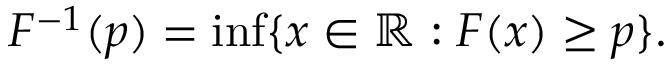
F ^ { - 1 } ( p ) = \operatorname* { i n f } \{ x \in \mathbb { R } : F ( x ) \geq p \} .